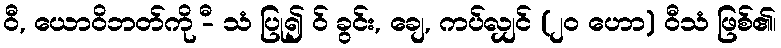
ဝီ, ယောဝိဘတ်ကို -ီ သံ ပြု၍ ဝ် ခွင်း, ချေ, ကပ်လျှင် (၂၀ ဟော) ဝီသံ ဖြစ်၏၊